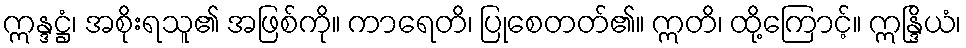
ဣန္ဒဋ္ဌံ၊ အစိုးရသူ၏ အဖြစ်ကို။ ကာရေတိ၊ ပြုစေတတ်၏။ ဣတိ၊ ထို့ကြောင့်။ ဣန္ဒြိယံ၊